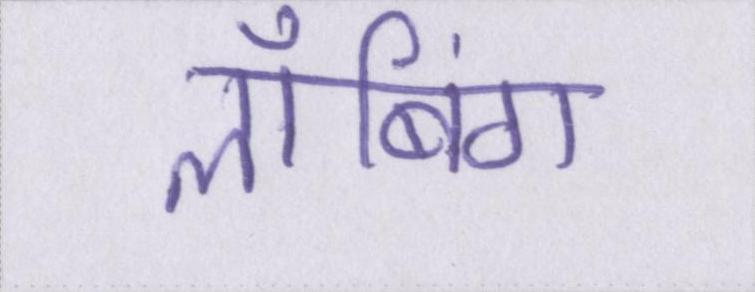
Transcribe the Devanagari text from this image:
लॉबिंग